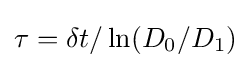
\tau =\delta t/\ln({{D}_{0}}/{{D}_{1}})